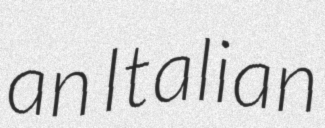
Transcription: an Italian